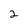
Character: 2